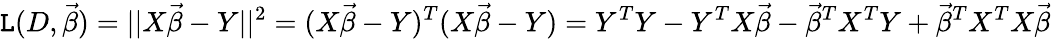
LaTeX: \mathtt{L}(D,{\vec{{\beta}}})=||X{\vec{{\beta}}}-Y||^{2}=(X{\vec{{\beta}}}-Y)^{T}(X{\vec{{\beta}}}-Y)=Y^{T}Y-Y^{T}X{\vec{{\beta}}}-{\vec{{\beta}}}^{T}X^{T}Y+{\vec{{\beta}}}^{T}X^{T}X{\vec{{\beta}}}